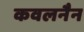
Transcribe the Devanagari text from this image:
कवलनैन